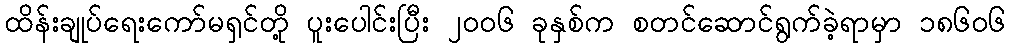
ထိန်းချုပ်ရေးကော်မရှင်တို့ ပူးပေါင်းပြီး ၂၀၀၆ ခုနှစ်က စတင်ဆောင်ရွက်ခဲ့ရာမှာ ၁၈၆၀၆